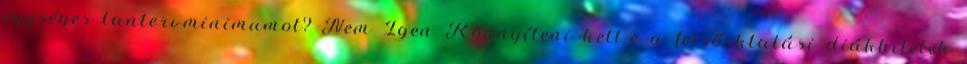
egységes tantervminimumot? Nem Igen Könnyíteni kell-e a felsőoktatási diákhitelek